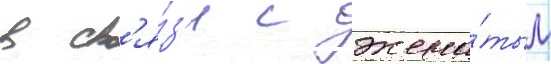
в св'я́з'и с жена́тым